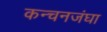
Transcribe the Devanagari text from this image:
कन्चनजंघा